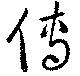
傅